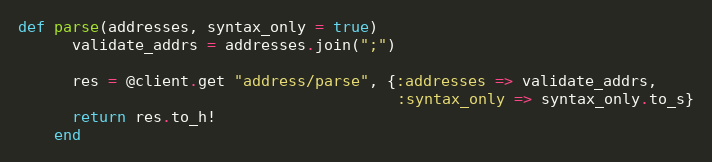
Language: Ruby
def parse(addresses, syntax_only = true)
      validate_addrs = addresses.join(";")

      res = @client.get "address/parse", {:addresses => validate_addrs,
                                          :syntax_only => syntax_only.to_s}
      return res.to_h!
    end